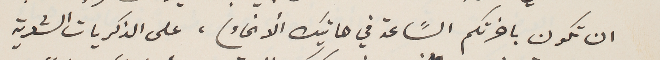
ان تكون باخرتكم السًاعة في هاتيك الأنحاء)، على الذكريات الشعرية